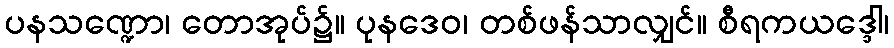
ပနသဏ္ဍော၊ တောအုပ်၌။ ပုနဒေဝ၊ တစ်ဖန်သာလျှင်။ စီရကယဒ္ဒေါ၊